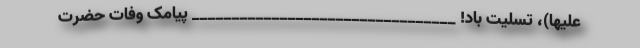
‌علیها)، تسلیت باد! _________________________________ پیامک وفات حضرت